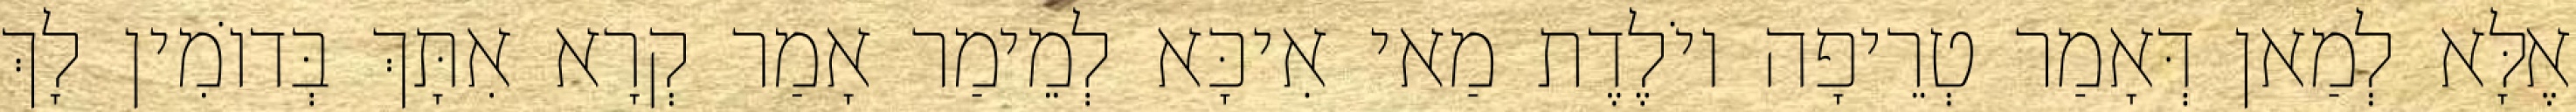
אֶלָּא לְמַאן דְּאָמַר טְרֵיפָה יוֹלֶדֶת מַאי אִיכָּא לְמֵימַר אָמַר קְרָא אִתָּךְ בְּדוֹמִין לָךְ